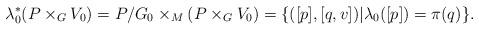
LaTeX: \begin{align*}\lambda_0^*(P\times _G V_0)=P/G_0\times_M(P\times _G V_0)=\{([p],[q,v])|\lambda_0([p])=\pi(q)\}.\end{align*}